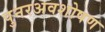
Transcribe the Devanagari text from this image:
पुनरअवशोषण